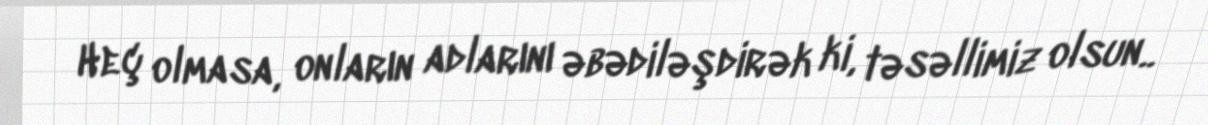
Heç olmasa, onların adlarını əbədiləşdirək ki, təsəllimiz olsun..